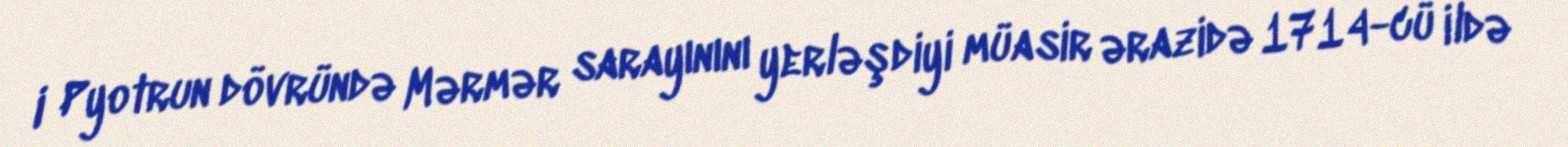
I Pyotrun dövründə Mərmər sarayınını yerləşdiyi müasir ərazidə 1714-cü ildə